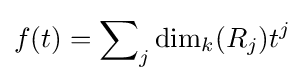
f(t)=\sum \nolimits _{j}\dim _{k}(R_{j})t^{j}